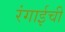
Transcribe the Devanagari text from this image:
रंगाईची